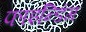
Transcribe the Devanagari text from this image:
फाइन्डिंग